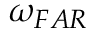
\omega _ { F A R }